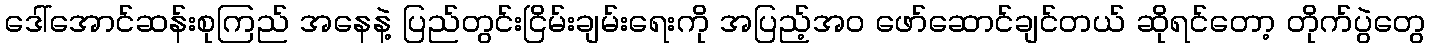
ဒေါ်အောင်ဆန်းစုကြည် အနေနဲ့ ပြည်တွင်းငြိမ်းချမ်းရေးကို အပြည့်အ၀ ဖော်ဆောင်ချင်တယ် ဆိုရင်တော့ တိုက်ပွဲတွေ